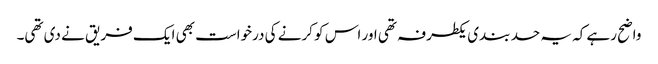
واضح رہے کہ یہ حد بندی یکطرفہ تھی اور اس کو کرنے کی درخواست بھی ایک فریق نے دی تھی۔